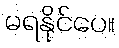
မရနိုင်ပေ။